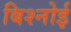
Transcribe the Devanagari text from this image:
बिश्‍नोई